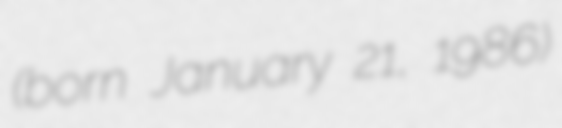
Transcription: (born January 21, 1986)